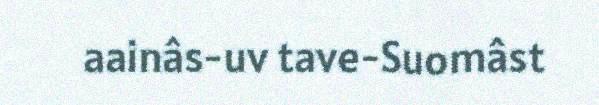
aainâs-uv tave-Suomâst